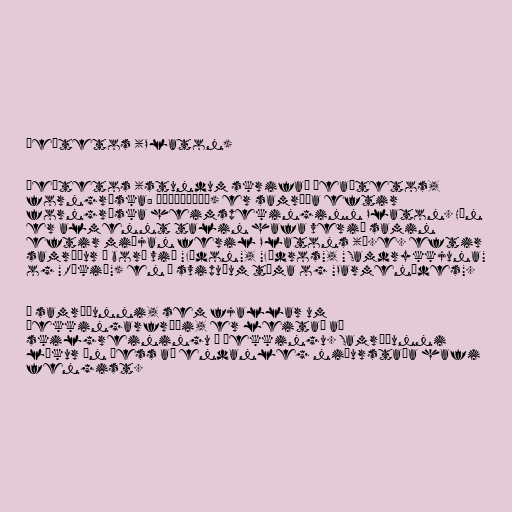
Þeætetos (Platon)

Þeætetos (stundum skrifað Þeaítetos,
forngríska: Θεαιτητος) er samræða eftir
forngríska heimspekinginn Platon. Hún
er almennt talin hafa verið samin
eftir miðjan feril Platons (þ.e. eftir
samræður á borð við "Fædon", "Fædros", "Samdrykkjuna"
og "Ríkið") en á svipuðum tíma og "Parmenídes".

Í samræðunni, sem fjallar um
þekkingarfræði, er leitað að
skilgreiningu á þekkingu. Samræðunni
lýkur án þess að endanleg niðurstaða hafi
fengist.